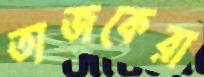
তাজকেরা